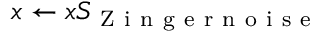
x \leftarrow x S _ { \mathrm { ~ Z ~ i ~ n ~ g ~ e ~ r ~ n ~ o ~ i ~ s ~ e ~ } }